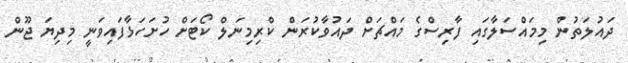
ދައުލަތުން މިމައްސަލާގައި ފާރިސްގެ މައްޗަށް ދައުވާކުރަން ކްރިމިނަލް ކޯޓަށް ހުށަހަޅާފައިވަނީ މިދިޔަ ޖޫން